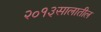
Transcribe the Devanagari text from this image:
२०१३सालातील